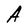
Character: A